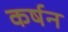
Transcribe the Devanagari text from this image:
कर्षन